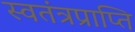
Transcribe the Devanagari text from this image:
स्वतंत्रप्राप्ति